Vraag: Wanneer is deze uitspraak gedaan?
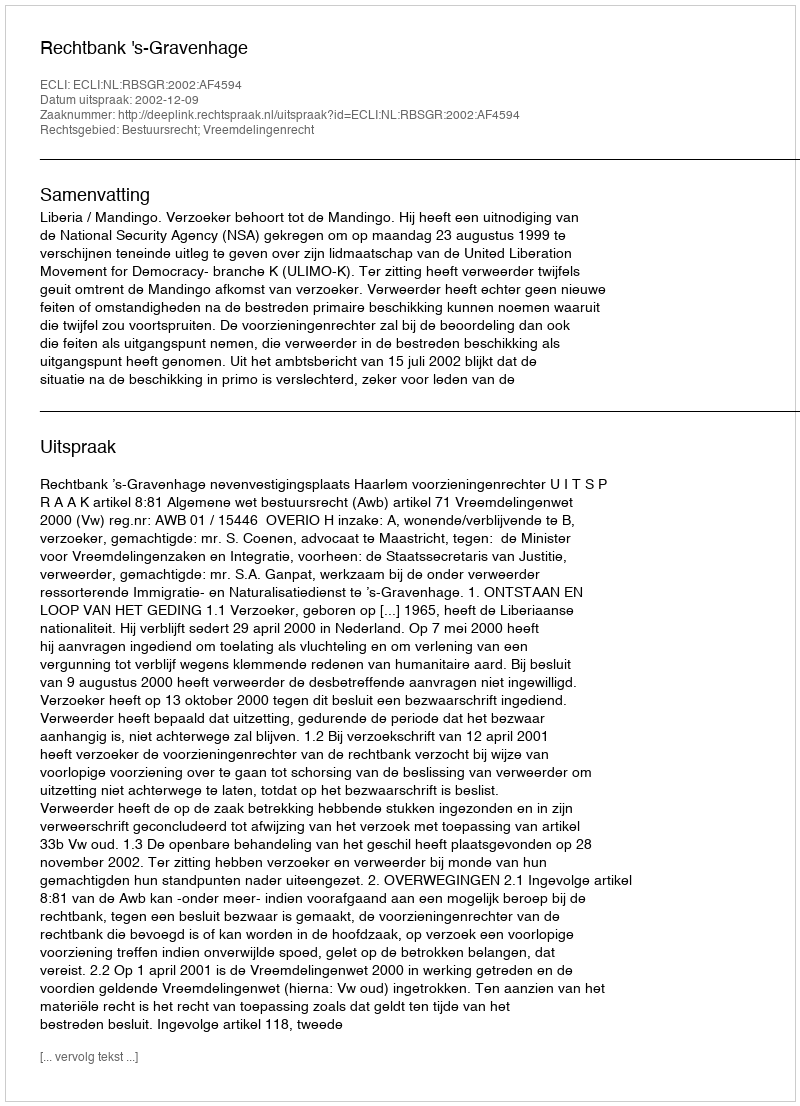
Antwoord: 2002-12-09